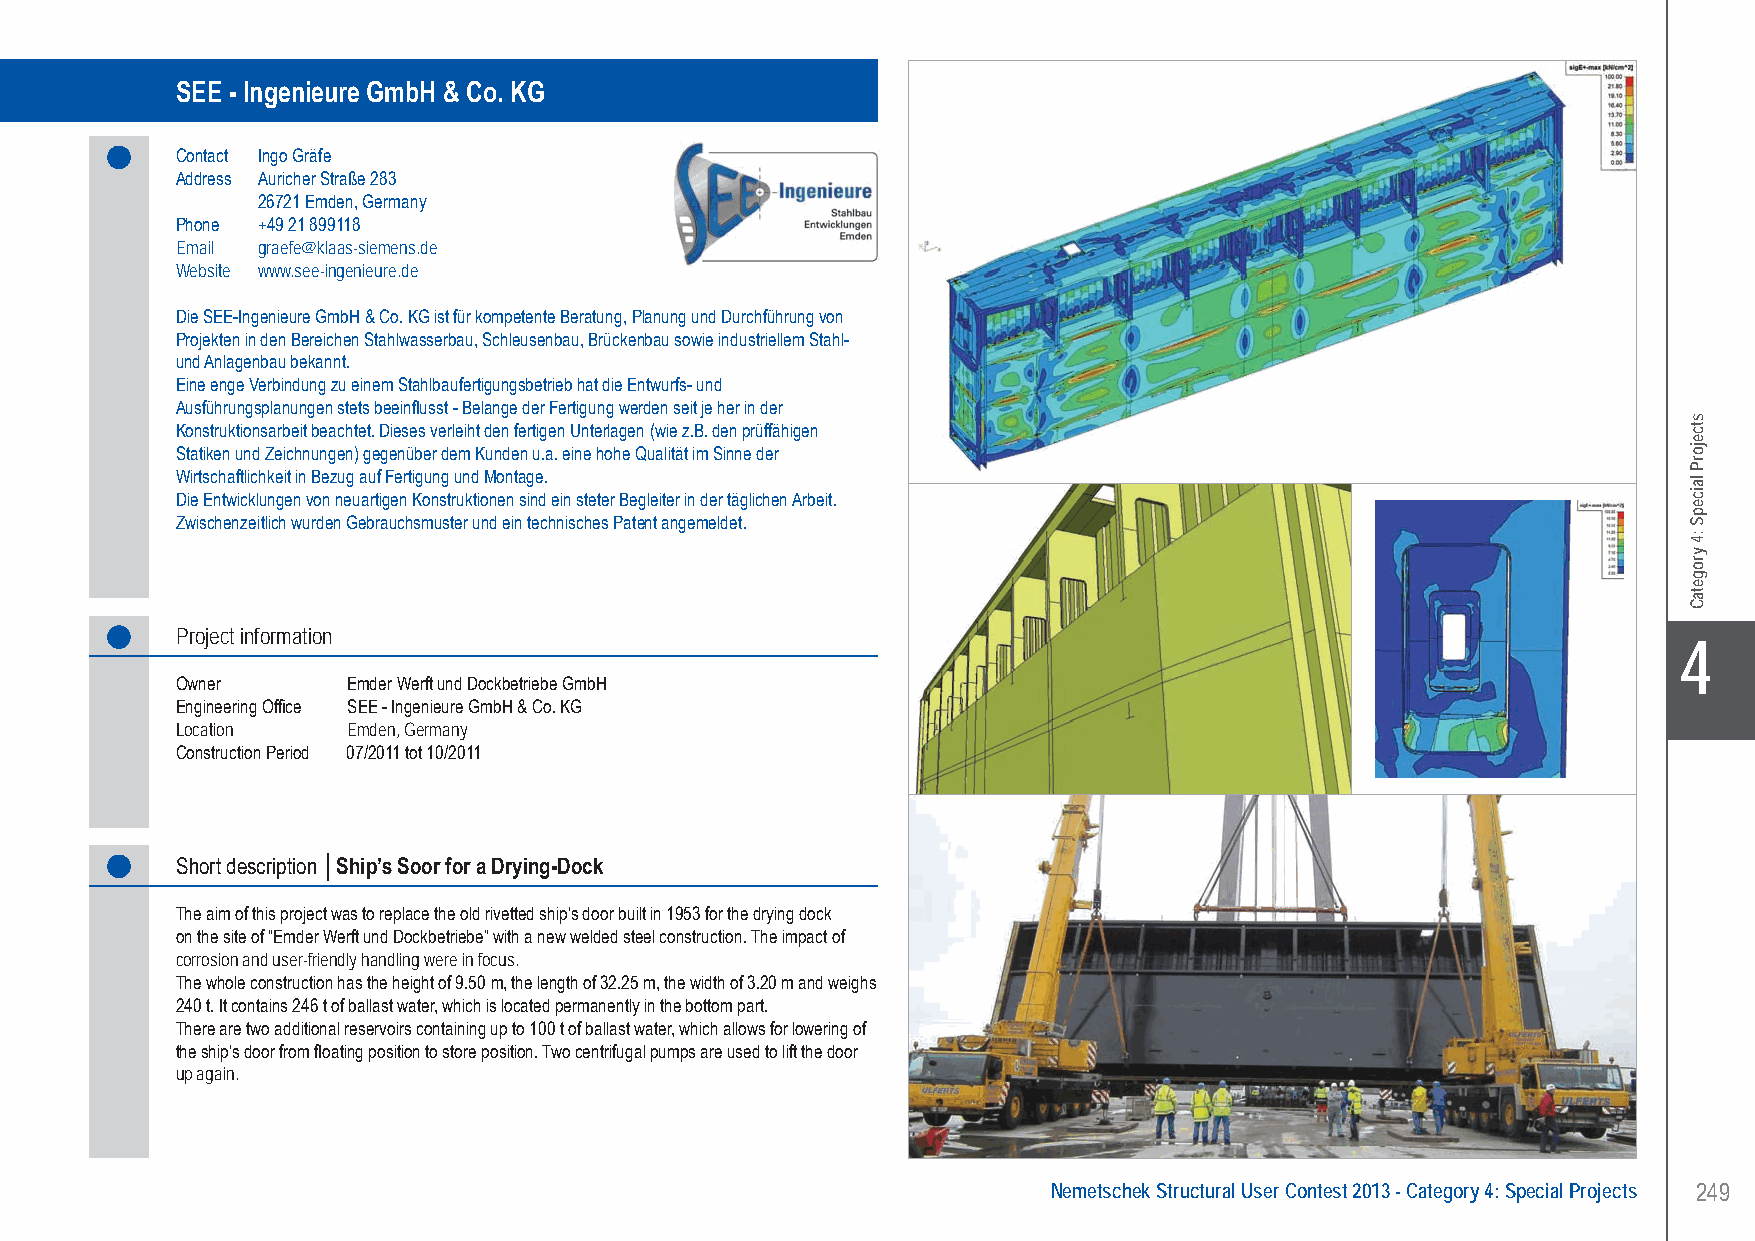
SEE - Ingenieure GmbH & Co. KG Ship’s Soor for a Drying-Dock - Emden, Germany
 SEE - Ingenieure GmbH & Co. KG
 Contact Ingo Gräfe
 Address Auricher Straße 283
 26721 Emden, Germany
 Phone +49 21 899118
 Email graefe@klaas-siemens.de
 Website www.see-ingenieure.de
 Die SEE-Ingenieure GmbH & Co. KG ist für kompetente Beratung, Planung und Durchführung von
 Projekten in den Bereichen Stahlwasserbau, Schleusenbau, Brückenbau sowie industriellem Stahl-
 und Anlagenbau bekannt.
 Eine enge Verbindung zu einem Stahlbaufertigungsbetrieb hat die Entwurfs- und
 Ausführungsplanungen stets beeinflusst - Belange der Fertigung werden seit je her in der
 Konstruktionsarbeit beachtet. Dieses verleiht den fertigen Unterlagen (wie z.B. den prüffähigen
 Statiken und Zeichnungen) gegenüber dem Kunden u.a. eine hohe Qualität im Sinne der
 Wirtschaftlichkeit in Bezug auf Fertigung und Montage.
 Die Entwicklungen von neuartigen Konstruktionen sind ein steter Begleiter in der täglichen Arbeit.
 Zwischenzeitlich wurden Gebrauchsmuster und ein technisches Patent angemeldet.
 Project information
 X4
 Owner      Emder Werft und Dockbetriebe GmbH
 Engineering Office SEE - Ingenieure GmbH & Co. KG
 Location   Emden, Germany
 Construction Period 07/2011 tot 10/2011
 Short description │Ship’s Soor for a Drying-Dock
 The aim of this project was to replace the old rivetted ship’s door built in 1953 for the drying dock
 on the site of “Emder Werft und Dockbetriebe” with a new welded steel construction. The impact of
 corrosion and user-friendly handling were in focus.
 The whole construction has the height of 9.50 m, the length of 32.25 m, the width of 3.20 m and weighs
 240 t. It contains 246 t of ballast water, which is located permanently in the bottom part.
 There are two additional reservoirs containing up to 100 t of ballast water, which allows for lowering of
 the ship’s door from floating position to store position. Two centrifugal pumps are used to lift the door
 up again.
 Nemetschek Structural User Contest 2013 - Category 4: Special Projects 249
 UC-2013-Book-V8.indd 249                                                                                  7/11/2013 11:55:05 AM
 stcejorP
 laicepS
 :4
 yrogetaC